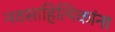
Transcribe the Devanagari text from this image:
नवसाहित्यिकांना